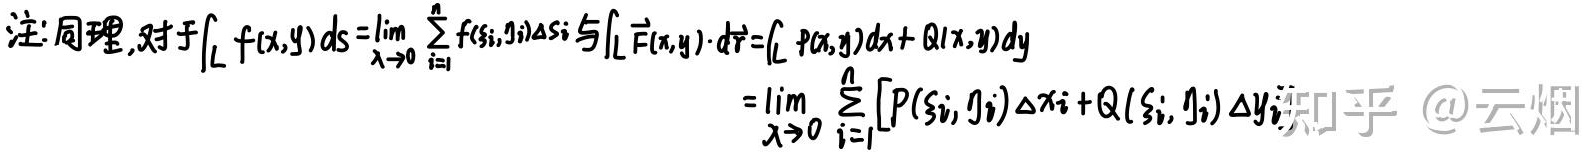
注: 同理, 对于$\int_{L} f(x, y) \mathrm{d} s=\lim _{\lambda \rightarrow 0} \sum_{i = 1}^{n} f\left(\xi_{i}, \eta_{i}\right) \Delta s_{i}$与$\int_{L} \vec{F}(x, y) \cdot \mathrm{d} \vec{r}=\int_{L} P(x, y) \mathrm{d} x+Q(x, y) \mathrm{d} y$
$$=\lim _{\lambda \rightarrow 0} \sum_{i = 1}^{n}\left[P\left(\xi_{i}, \eta_{i}\right) \Delta x_{i}+Q\left(\xi_{i}, \eta_{i}\right) \Delta y_{i}\right]$$